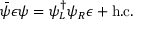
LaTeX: \bar { \psi } \epsilon \psi = \psi _ { L } ^ { \dag } \psi _ { R } \epsilon + \mathrm { h . c . }